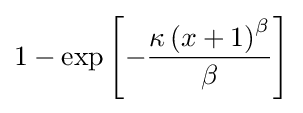
1-\exp \left[-{\frac {\kappa \left(x+1\right)^{\beta }}{\beta }}\right]